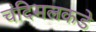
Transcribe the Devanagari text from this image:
चंदिमलकडे